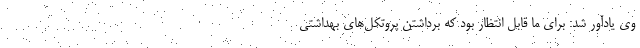
وی یادآور شد: برای ما قابل انتظار بود که برداشتن پروتکل‌های بهداشتی